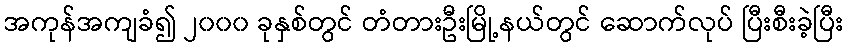
အကုန်အကျခံ၍ ၂၀၀၀ ခုနှစ်တွင် တံတားဦးမြို့နယ်တွင် ဆောက်လုပ် ပြီးစီးခဲ့ပြီး